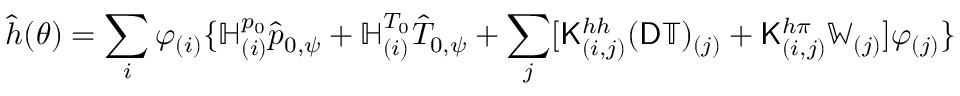
\hat { h } ( \theta ) = \sum _ { i } \varphi _ { ( i ) } \{ \mathbb { H } _ { ( i ) } ^ { p _ { 0 } } \hat { p } _ { 0 , \psi } + \mathbb { H } _ { ( i ) } ^ { T _ { 0 } } \hat { T } _ { 0 , \psi } + \sum _ { j } [ \mathsf { K } _ { ( i , j ) } ^ { h h } ( \mathsf { D } \mathbb { T } ) _ { ( j ) } + \mathsf { K } _ { ( i , j ) } ^ { h \pi } \mathbb { W } _ { ( j ) } ] \varphi _ { ( j ) } \}